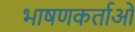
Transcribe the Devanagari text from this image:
भाषणकर्ताओं